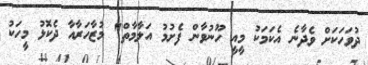
ދުވަހަކަށް ވެދާނެ އެކަމަކު މީއީ ހޫނުވާން ފެށުމު އަލާމާތް" މުޒާހަރާއާ ދެކޮޅު މީހަކު